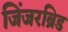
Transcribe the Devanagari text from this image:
जिंजरब्रिड